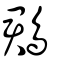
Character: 鵘